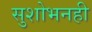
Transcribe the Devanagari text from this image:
सुशोभनही